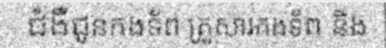
ជំងឺជូនកងទ័ព គ្រួសារកងទ័ព និង